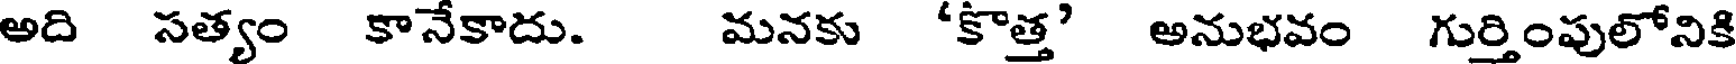
అది సత్యం కానేకాదు. మనకు 'కొత్త' అనుభవం గుర్తింపులోనికి